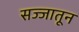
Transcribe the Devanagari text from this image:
सज्जातून